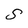
Character: S